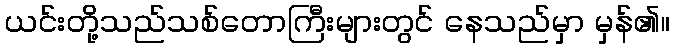
ယင်းတို့သည်သစ်တောကြီးများတွင် နေသည်မှာ မှန်၏။